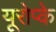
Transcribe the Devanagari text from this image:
यूरोप्के